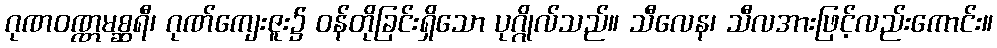
ဂုဏဝဏ္ဏမစ္ဆရီ၊ ဂုဏ်ကျေးဇူး၌ ဝန်တိုခြင်းရှိသော ပုဂ္ဂိုလ်သည်။ သီလေန၊ သီလအားဖြင့်လည်းကောင်း။